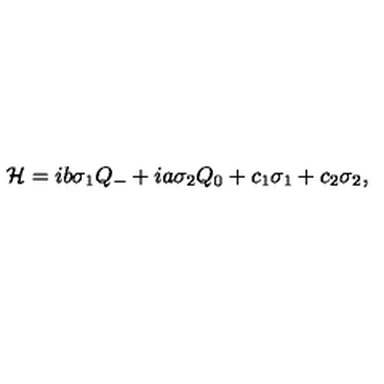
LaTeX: { \cal H } = i b \sigma _ { 1 } Q _ { - } + i a \sigma _ { 2 } Q _ { 0 } + c _ { 1 } \sigma _ { 1 } + c _ { 2 } \sigma _ { 2 } ,